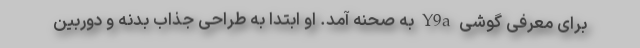
برای معرفی گوشی Y9a به صحنه آمد. او ابتدا به طراحی جذاب بدنه و دوربین